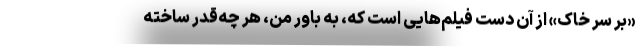
«بر سر خاک» از آن دست فیلم‌هایی است که، به باور من، هر چه‌قدر ساخته